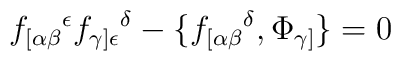
f_{[\alpha\beta}{}^\epsilon f_{\gamma]\epsilon}{}^\delta -\{f_{[\alpha\beta}{}^\delta,\Phi_{\gamma]}\}=0